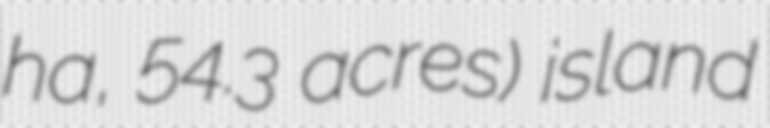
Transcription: ha, 54.3 acres) island